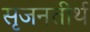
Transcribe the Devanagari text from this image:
सृजनतीर्थ